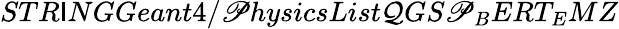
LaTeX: STR\mathsf{I}NGGeant4/\mathscr{P}hysicsList\mathcal{Q}GS\mathscr{P}_{B}ERT_{E}MZ